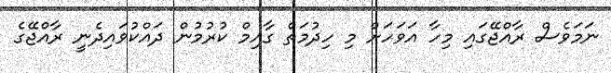
ނަމަވެސް ރާއްޖޭގައި މިހާ އަވަހަށް މި ހިދުމަތް ގާއިމް ކުރުމުން ދައްކުވައިދެނީ ރާއްޖޭގެ